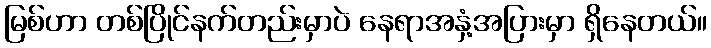
မြစ်ဟာ တစ်ပြိုင်နက်တည်းမှာပဲ နေရာအနှံ့အပြားမှာ ရှိနေတယ်။